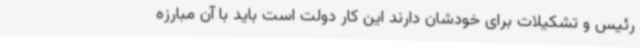
رئیس و تشکیلات برای خودشان دارند این کار دولت است باید با آن مبارزه